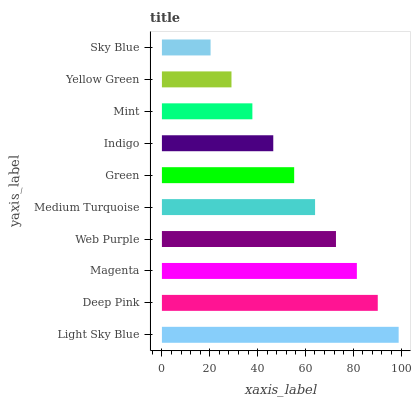
| yaxis_label | bars |
 | --- | --- |
 | Light Sky Blue | 99 |
 | Deep Pink | 90.3 |
 | Magenta | 81.5 |
 | Web Purple | 72.8 |
 | Medium Turquoise | 64 |
 | Green | 55.3 |
 | Indigo | 46.6 |
 | Mint | 37.8 |
 | Yellow Green | 29.1 |
 | Sky Blue | 20.4 |